Annual report on the working of the lock hospitals in the North-Western Provinces and Oudh
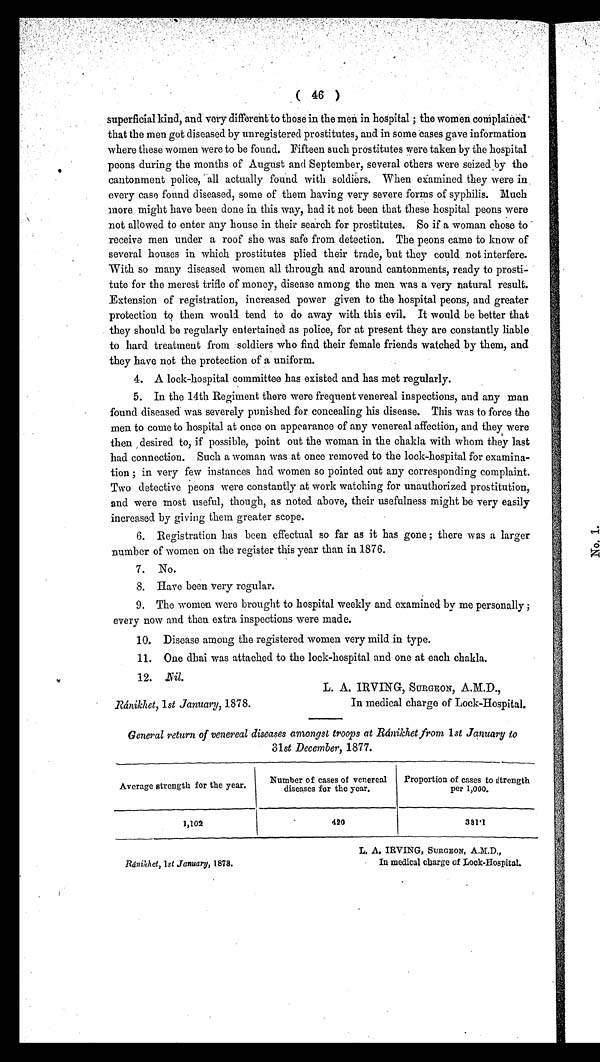
Ránikhct, 1st January, 1878.
L. A. IRVING, SURGEON, A.M.D.,
In medical charge of Lock-Hospital.
(46)
superficial kind, and very different to those in the men in hospital; the women complained
that the men got diseased by unregistered prostitutes, and in some cases gave information
where these women were to be found. Fifteen such prostitutes were taken by the hospital
peons during the months of August and September, several others were seized by the
cantonment police, all actually found with soldiers. When examined they were in
every case found diseased, some of them having very severe forms of syphilis. Much
more might have been done in this way, had it not been that these hospital peons were
not allowed to enter any house in their search for prostitutes. So if a woman chose to
receive men under a roof she was safe from detection. The peons came to know of
several houses in. which prostitutes plied their trade, but they could not interfere.
With so many diseased women all through and around cantonments, ready to prosti
tute for the merest trifle of money, disease among the men was a very natural result.
Extension of registration, increased power given to the hospital peons, and greater
protection to them would tend to do away with this evil. It would be better that
they should be regularly entertained as police, for at present they are constantly liable
to hard treatment from soldiers who find their female friends watched by them, and
they have not the protection of a uniform.
4. A lock-hospital committee has existed and has met regularly.
5. In the 14th Regiment there were frequent venereal inspections, and any man
found diseased was severely punished for concealing his disease. This was to force the
men to come to hospital at once on appearance of any venereal affection, and they were
then desired to, if possible, point out the woman in the chakla with whom they last
had connection. Such a woman was at once removed to the lock-hospital for examina
tion ; in very few instances had women so pointed out any corresponding complaint.
Two detective peons were constantly at work watching for unauthorized prostitution,
and were most useful, though, as noted above, their usefulness might be very easily
increased by giving them greater scope.
6. Registration has been effectual so far as it has gone; there was a larger
number of women on the register this year than in 1876.
7. No.
8. Have been very regular.
9. The women were brought to hospital weekly and examined by me personally;
every now and then extra inspections were made.
10. Disease among the registered women very mild in type.
11. One dhai was attached to the lock-hospital and one at each chakla.
12. Nil.
L. A. IRVING, SURGEON A.M.D .1
Ránikhet, 1st January, 1878.
In medical charge of Lock-Hospital.
General return of venereal diseases amongst troops at Ránikhet from 1st January to
31st December, 1877.
Average strength for the year.
Number of cases of venereal
diseases for the year.
Proportion of cases to strength
per 1,000.
1,102
420
331·1